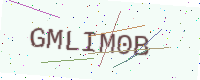
Text: GMLIM0B